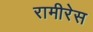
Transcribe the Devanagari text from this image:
रामीरेस